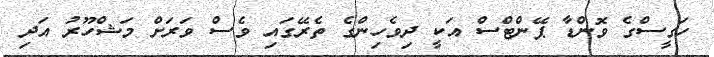
ހަގީސްގެ ވޮންޑާ ޕޭންޓްސް އަކީ ދިވެހިންގެ ތެރޭގައި ވެސް ވަރަށް މަޝްހޫރު އަދި